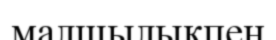
малшылықпен